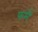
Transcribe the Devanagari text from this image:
फर्में